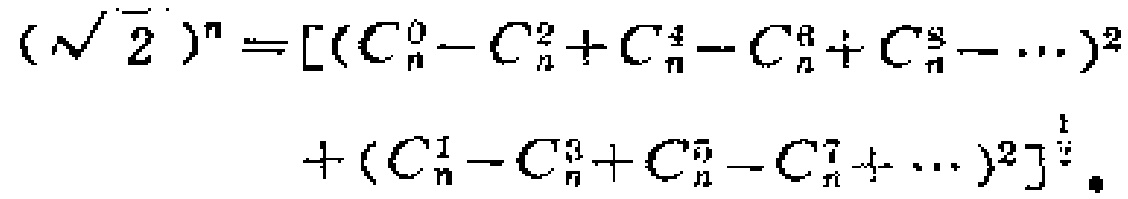
$(\sqrt{2})^{n}=[(C_{n}^{0}-C_{n}^{2}+C_{n}^{4}-C_{n}^{6}+C_{n}^{8}-\cdots)^{2}+(C_{n}^{1}-C_{n}^{3}+C_{n}^{5}-C_{n}^{7}+\cdots)^{2}]^{\frac{1}{2}} 。$